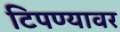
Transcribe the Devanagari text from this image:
टिपण्यावर